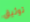
توثيق